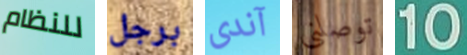
للنظام برجل آندى توصلني 10